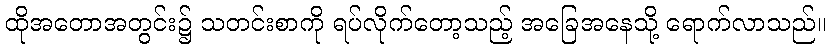
ထိုအတောအတွင်း၌ သတင်းစာကို ရပ်လိုက်တော့သည့် အခြေအနေသို့ ရောက်လာသည်။